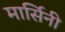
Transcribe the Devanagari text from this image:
मार्सिनी